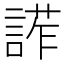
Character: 𧩳